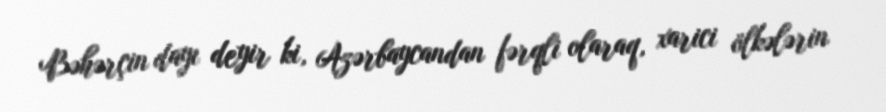
Bəhərçin dayı deyir ki, Azərbaycandan fərqli olaraq, xarici ölkələrin